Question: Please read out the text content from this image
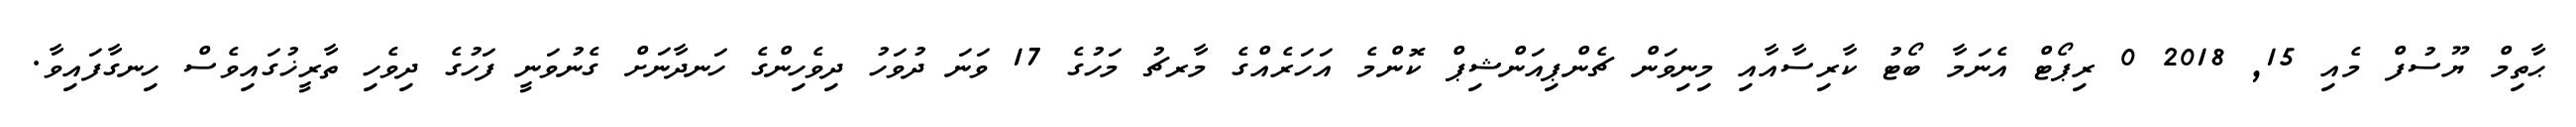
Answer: ޙާތިމް ޔޫސުފް މެއި 15, 2018 0 ރިޕޯޓް އެނަމާ ބޯޓު ކާރިސާއާއި މިނިވަން ޗެންޕިއަންޝިޕް ކޮންމެ އަހަރެއްގެ މާރޗު މަހުގެ 17 ވަނަ ދުވަހު ދިވެހިންގެ ހަނދާނަށް ގެނުވަނީ ފަހުގެ ދިވެހި ތާރީޚުގައިވެސް ހިނގާފައިވާ.